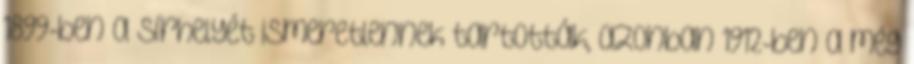
1899-ben a sírhelyét ismeretlennek tartották, azonban 1912-ben a még